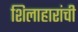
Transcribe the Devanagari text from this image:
शिलाहारांची